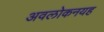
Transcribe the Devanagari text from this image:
अवलोकनयह